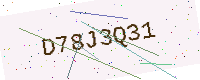
Text: D78J3Q31